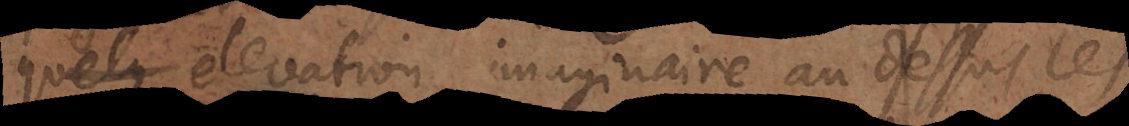
une elevation imaginaire au dessus les